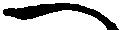
へ